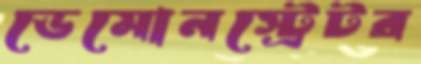
ডেমোনস্ট্রেটর